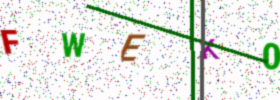
Text: FWEK0